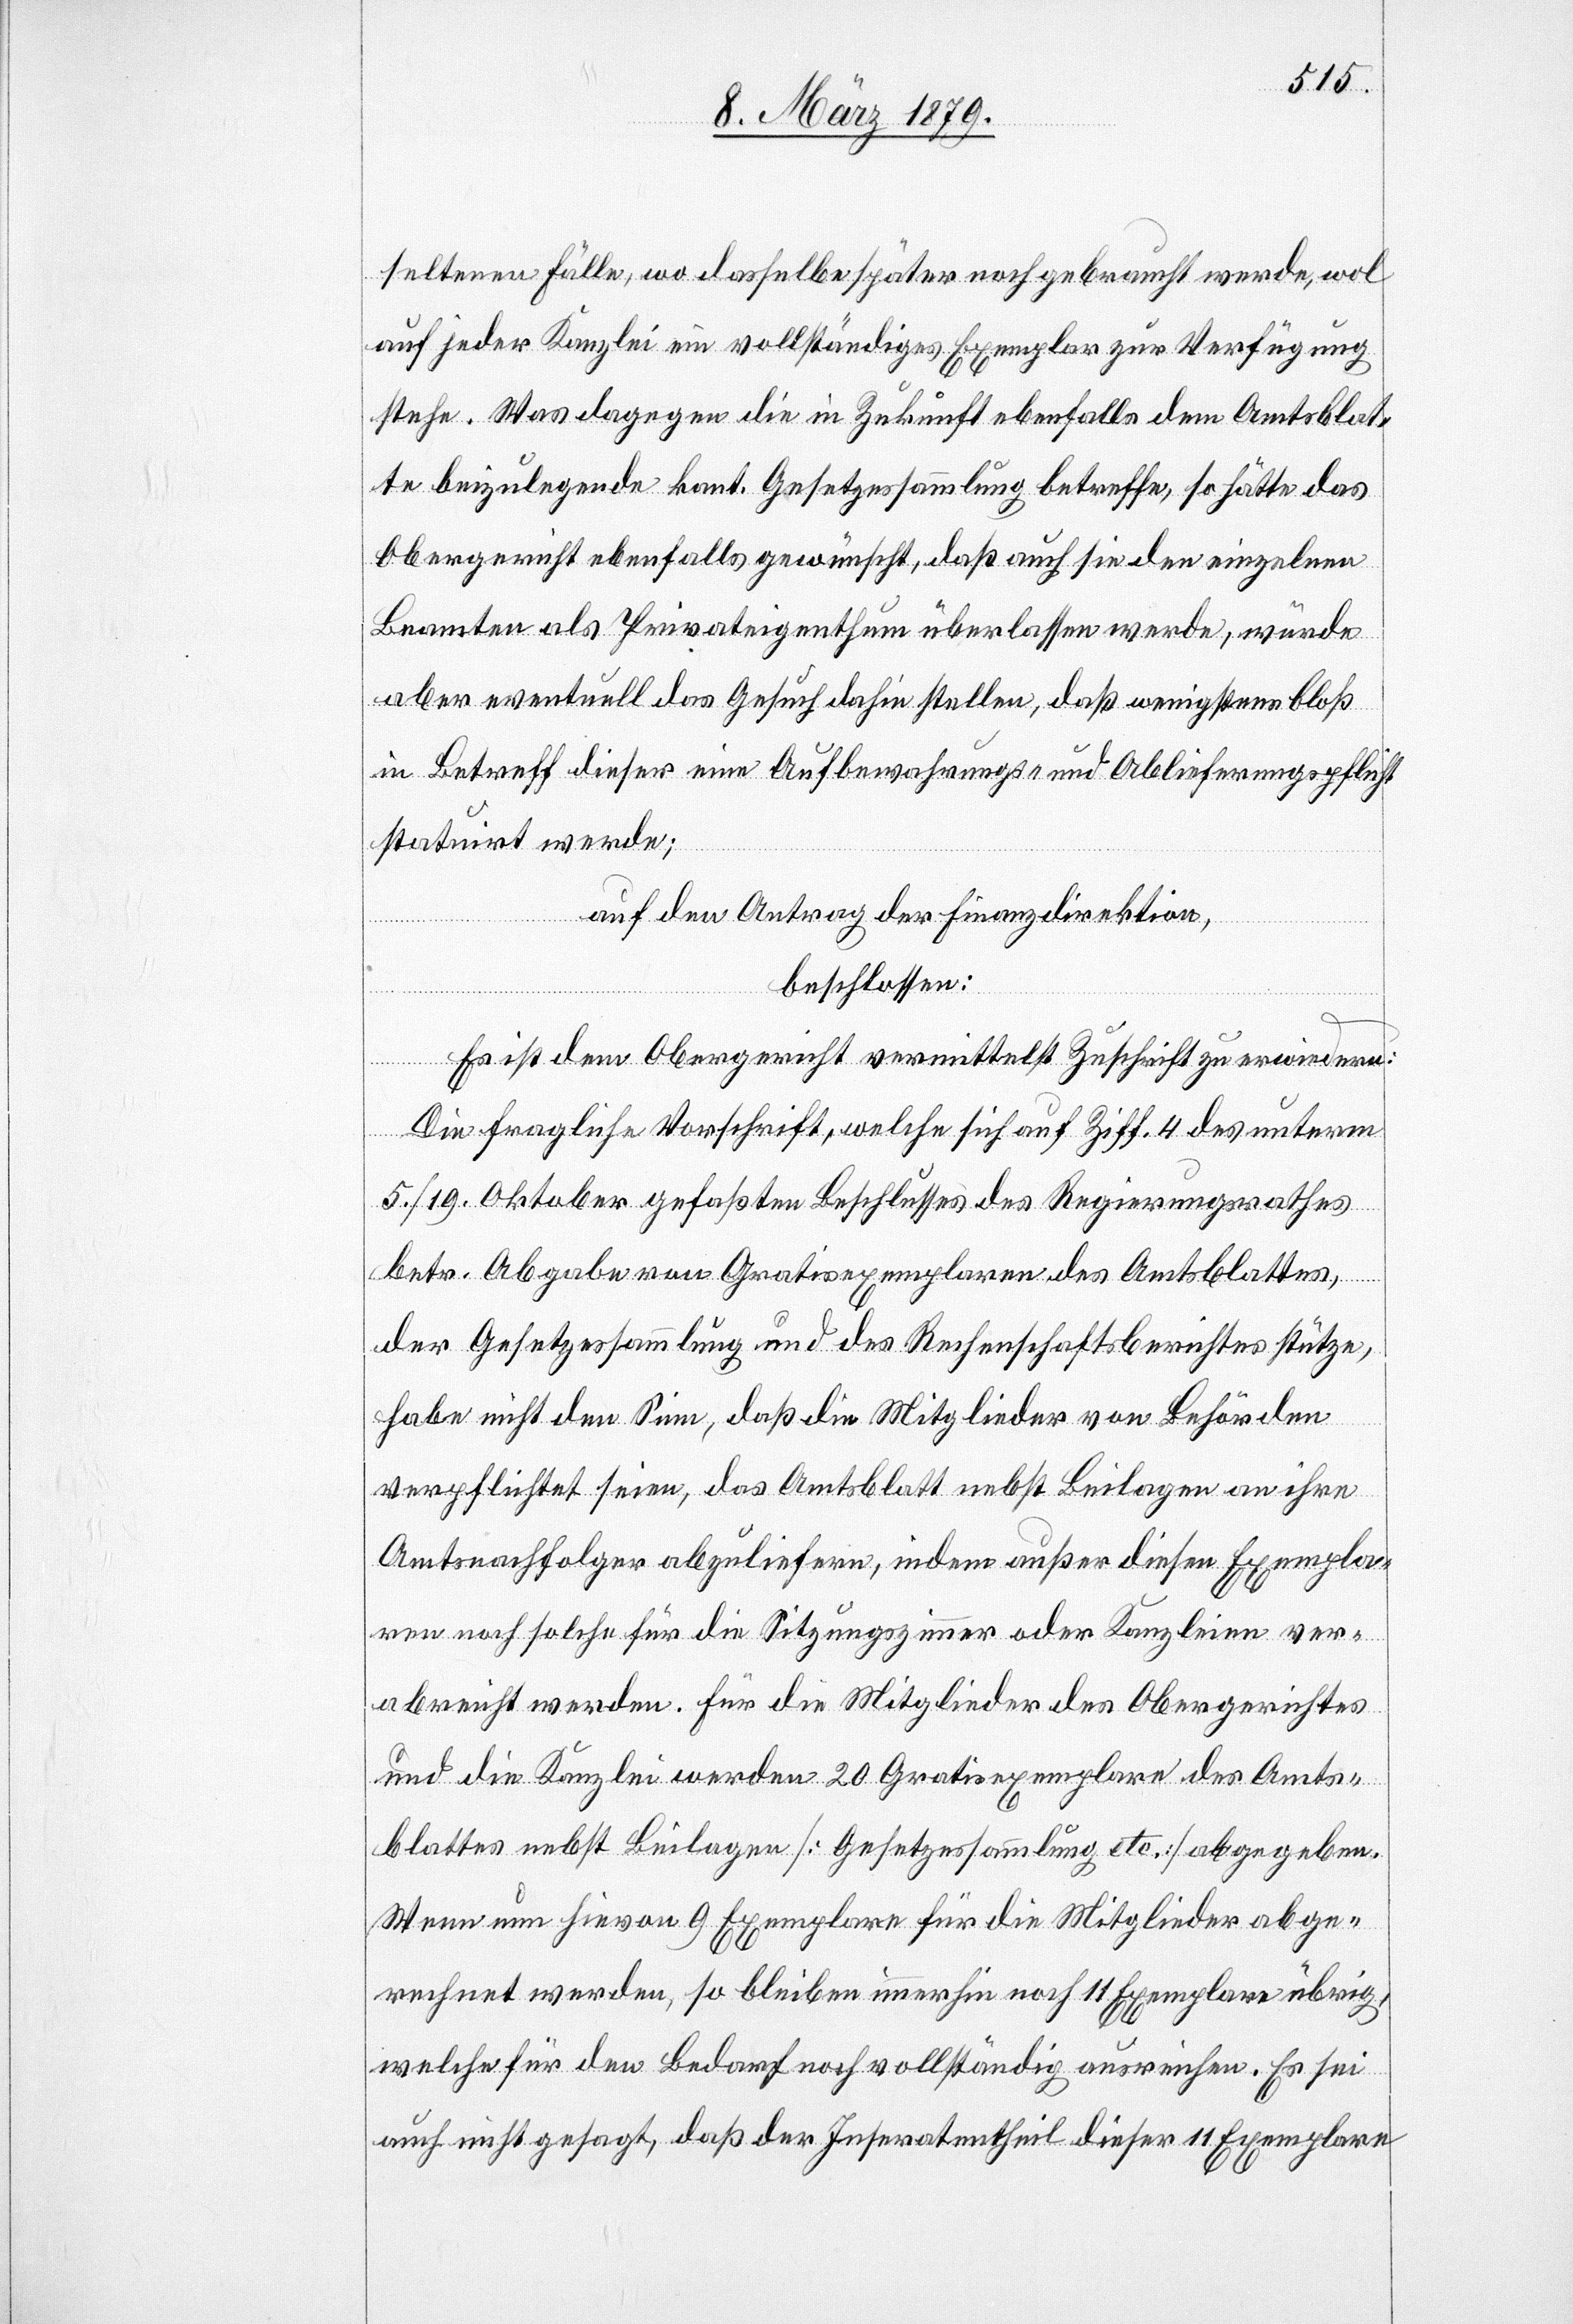
seltenen Fälle, wo dasselbe später noch gebraucht werde, wol
auf jeder Kanzlei ein vollständiges Exemplar zur Verfügung
stehe. Was dagegen die in Zukunft ebenfalls dem Amtsblat¬
te beizulegende kant. Gesetzessammlung betreffe, so hätte das
Obergericht ebenfalls gewünscht, daß auch sie den einzelnen
Beamten als Privateigenthum überlassen werde, würde
aber eventuell das Gesuch dahin stellen, daß wenigstens bloß
in Betreff dieser eine Aufbewahrungs- und Ablieferungspflicht
statuirt werde;
auf den Antrag der Finanzdirektion,
beschlossen:
Es ist dem Obergericht vermittelst Zuschrift zu erwiedern:
Die fragliche Vorschrift, welche sich auf Ziff. 4 des unterm
5./19. Oktober gefaßten Beschlusses des Regierungsrathes
betr. Abgabe von Gratisexemplaren des Amtsblattes,
der Gesetzessammlung und des Rechenschaftsberichtes stütze,
habe nicht den Sinn, daß die Mitglieder der Behörden
verpflichtet seien, das Amtsblatt nebst Beilagen an ihre
Amtsnachfolger abzuliefern, indem außer diesen Exempla¬
ren noch solche für die Sitzungszimmer oder Kanzleien ver¬
abreicht werden. Für die Mitglieder des Obergerichtes
und die Kanzlei werden 20 Gratisexemplare des Amts¬
blattes nebst Beilagen [Gesetzessammlung etc.] abgegeben.
Wenn nun hievon 9 Exemplare für die Mitglieder abge¬
rechnet werden, so bleiben immerhin noch 11 Exemplare übrig,
welche für den Bedarf noch vollständig ausreichen. Es sei
auch nicht gesagt, daß der Inseratentheil dieser 11 Exemplare